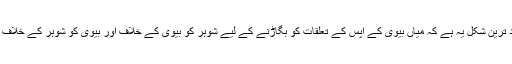
اور اس کی بد ترین شکل یہ ہے کہ میاں بیوی کے آپس کے تعلقات کو بگاڑنے کے لیے شوہر کو بیوی کے خلاف اور بیوی کو شوہر کے خلاف اکسایا جائے۔